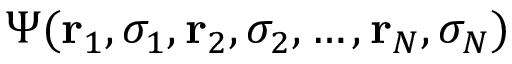
\Psi ( \mathbf { r } _ { 1 } , { \sigma } _ { 1 } , \mathbf { r } _ { 2 } , { \sigma } _ { 2 } , \ldots , \mathbf { r } _ { N } , { \sigma } _ { N } )